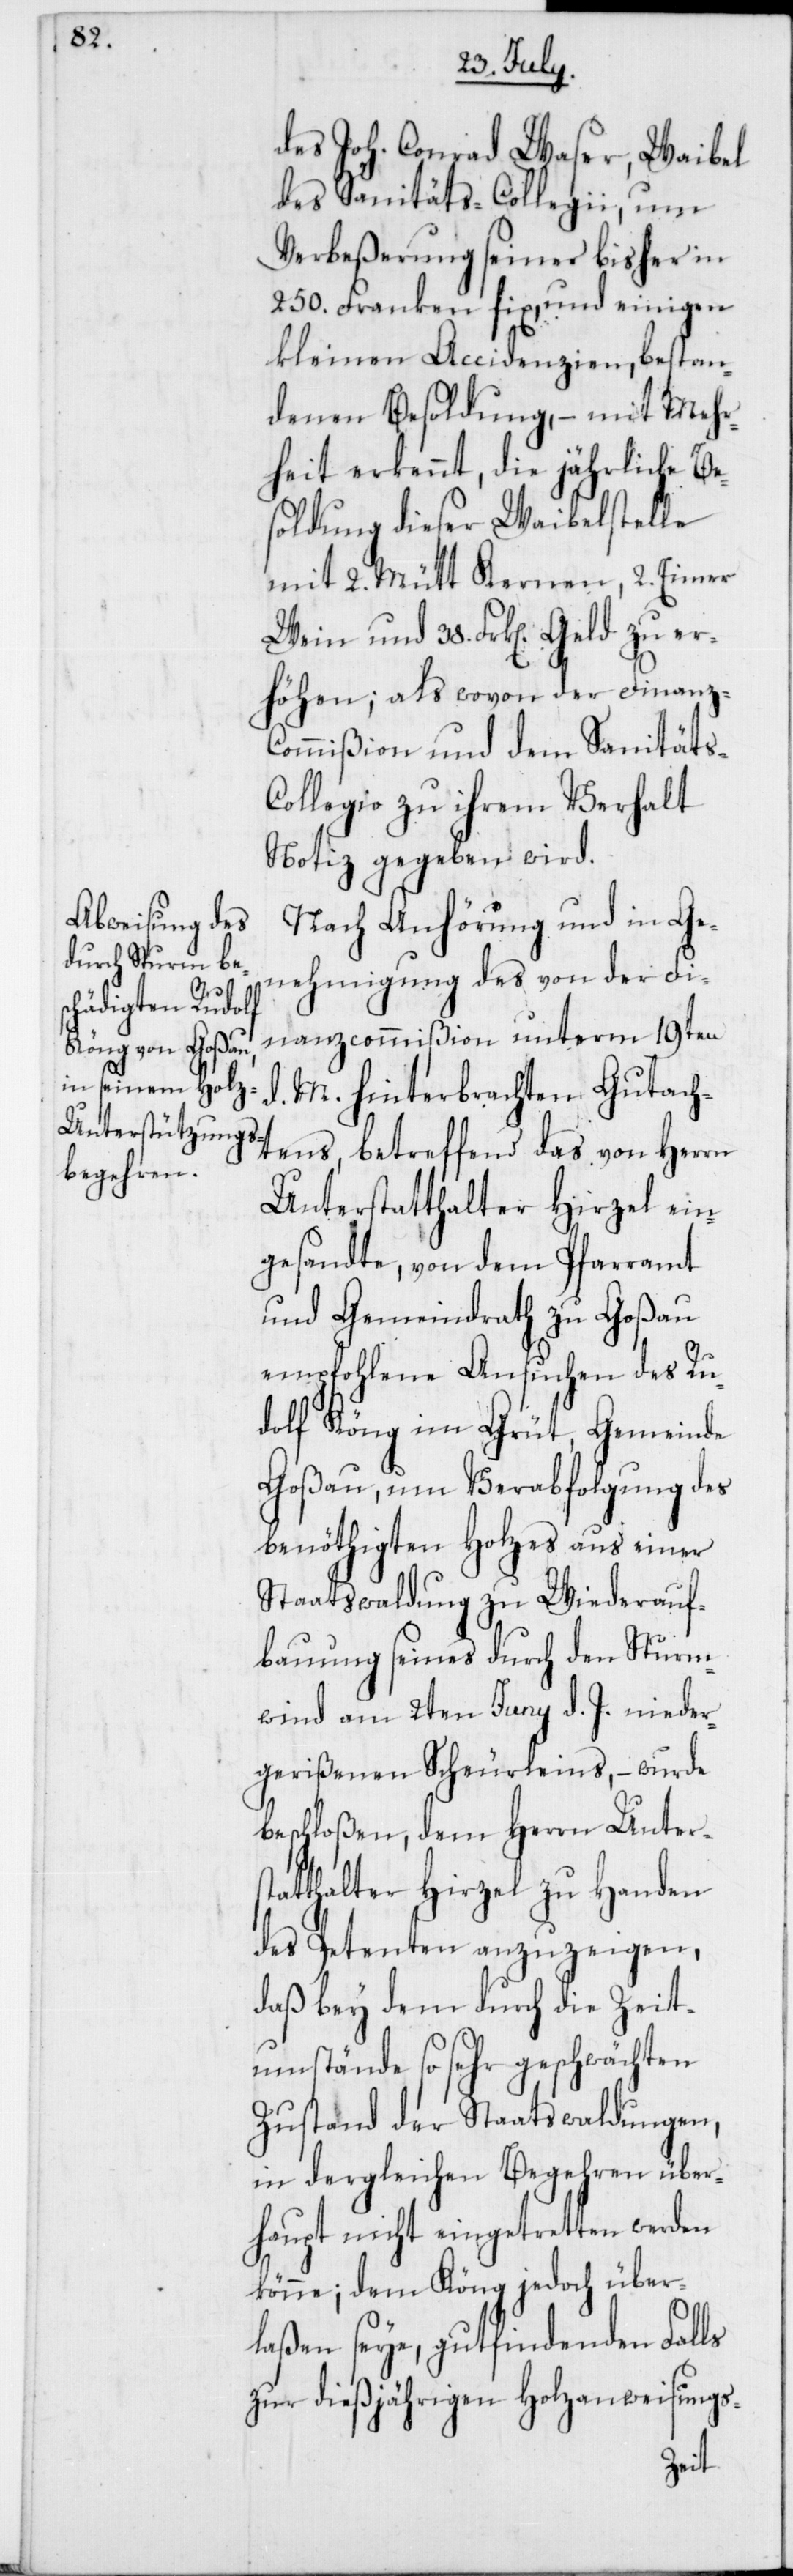
des Joh. Conrad Waser, Waibel
des Sanitäts-Collegii, um
Verbeßerung seiner bisher in
250. Franken fix, und einigen
kleinen Accidenzien, bestan¬
denen Besoldung, – mit Mehr¬
heit erkennt, die jährliche Be¬
soldung dieser Waibelstelle
mit 2. Mütt Kernen, 2. Eimer
Wein und 38. Frk[en]. Geld zu er¬
höhen; als wovon der Finanz-C¬
ommißion und dem Sanitäts-C¬
ollegio zu ihrem Verhalt
Notiz gegeben wird.
Nach Anhörung und in Ge¬
nehmigung des von der Fi¬
nanzcommißion unterm 19ten
d. M. hinterbrachten Gutach¬
tens, betreffend das von Herrn
Unterstatthalter Hirzel ein¬
gesandte, von dem Pfarramt
und Gemeindrath zu Goßau
empfohlene Ansuchen des Ru¬
dolf Köng im Grüt, Gemeinde
Goßau, um Verabfolgung des
benöthigten Holzes aus einer
Staatswaldung zu Wiederauf¬
bauung seines durch den Sturm¬
wind am 2ten Juny d. J. nieder¬
gerißenen Scheurleins, – wurde
beschloßen, dem Herrn Unters¬
tatthalter Hirzel zu Handen
des Petenten anzuzeigen,
daß bey dem durch die Zeit¬
umstände so sehr geschwächten
Zustand der Staatswaldungen,
in dergleichen Begehren über¬
haupt nicht eingetretten werden
könne; dem Köng jedoch über¬
laßen seye, gutfindenden Falls
zur dießjährigen Holzanweisungs-